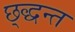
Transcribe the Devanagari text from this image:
छ्द्धन्त